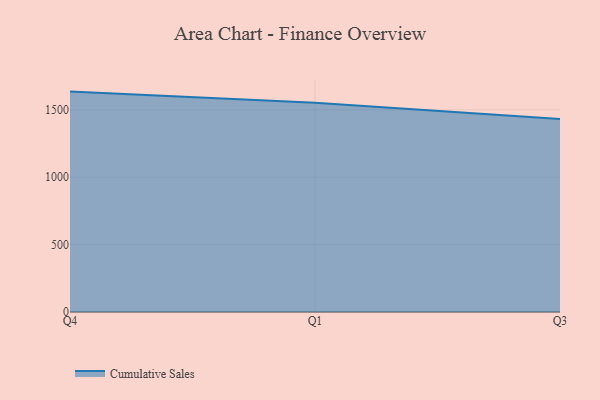
{"axis": {"x": "Quarter", "y": "LTV (USD)"}, "legend": ["Cumulative Sales"], "data": [{"x": "Q4", "y": 1634.8, "type": "Cumulative Sales"}, {"x": "Q1", "y": 1551.4, "type": "Cumulative Sales"}, {"x": "Q3", "y": 1432.0, "type": "Cumulative Sales"}]}